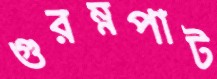
গুরম্নপাট